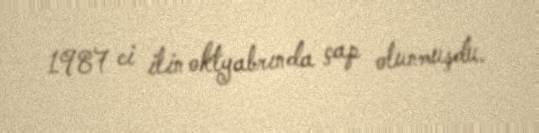
1987 ci ilin oktyabrında çap olunmuşdu.